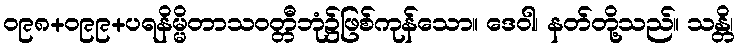
ဝ၉၈+ဝ၉၉+ပရနိမ္မိတာသဝတ္တီဘုံ၌ဖြစ်ကုန်သော။ ဒေဝါ၊ နတ်တို့သည်။ သန္တိ၊